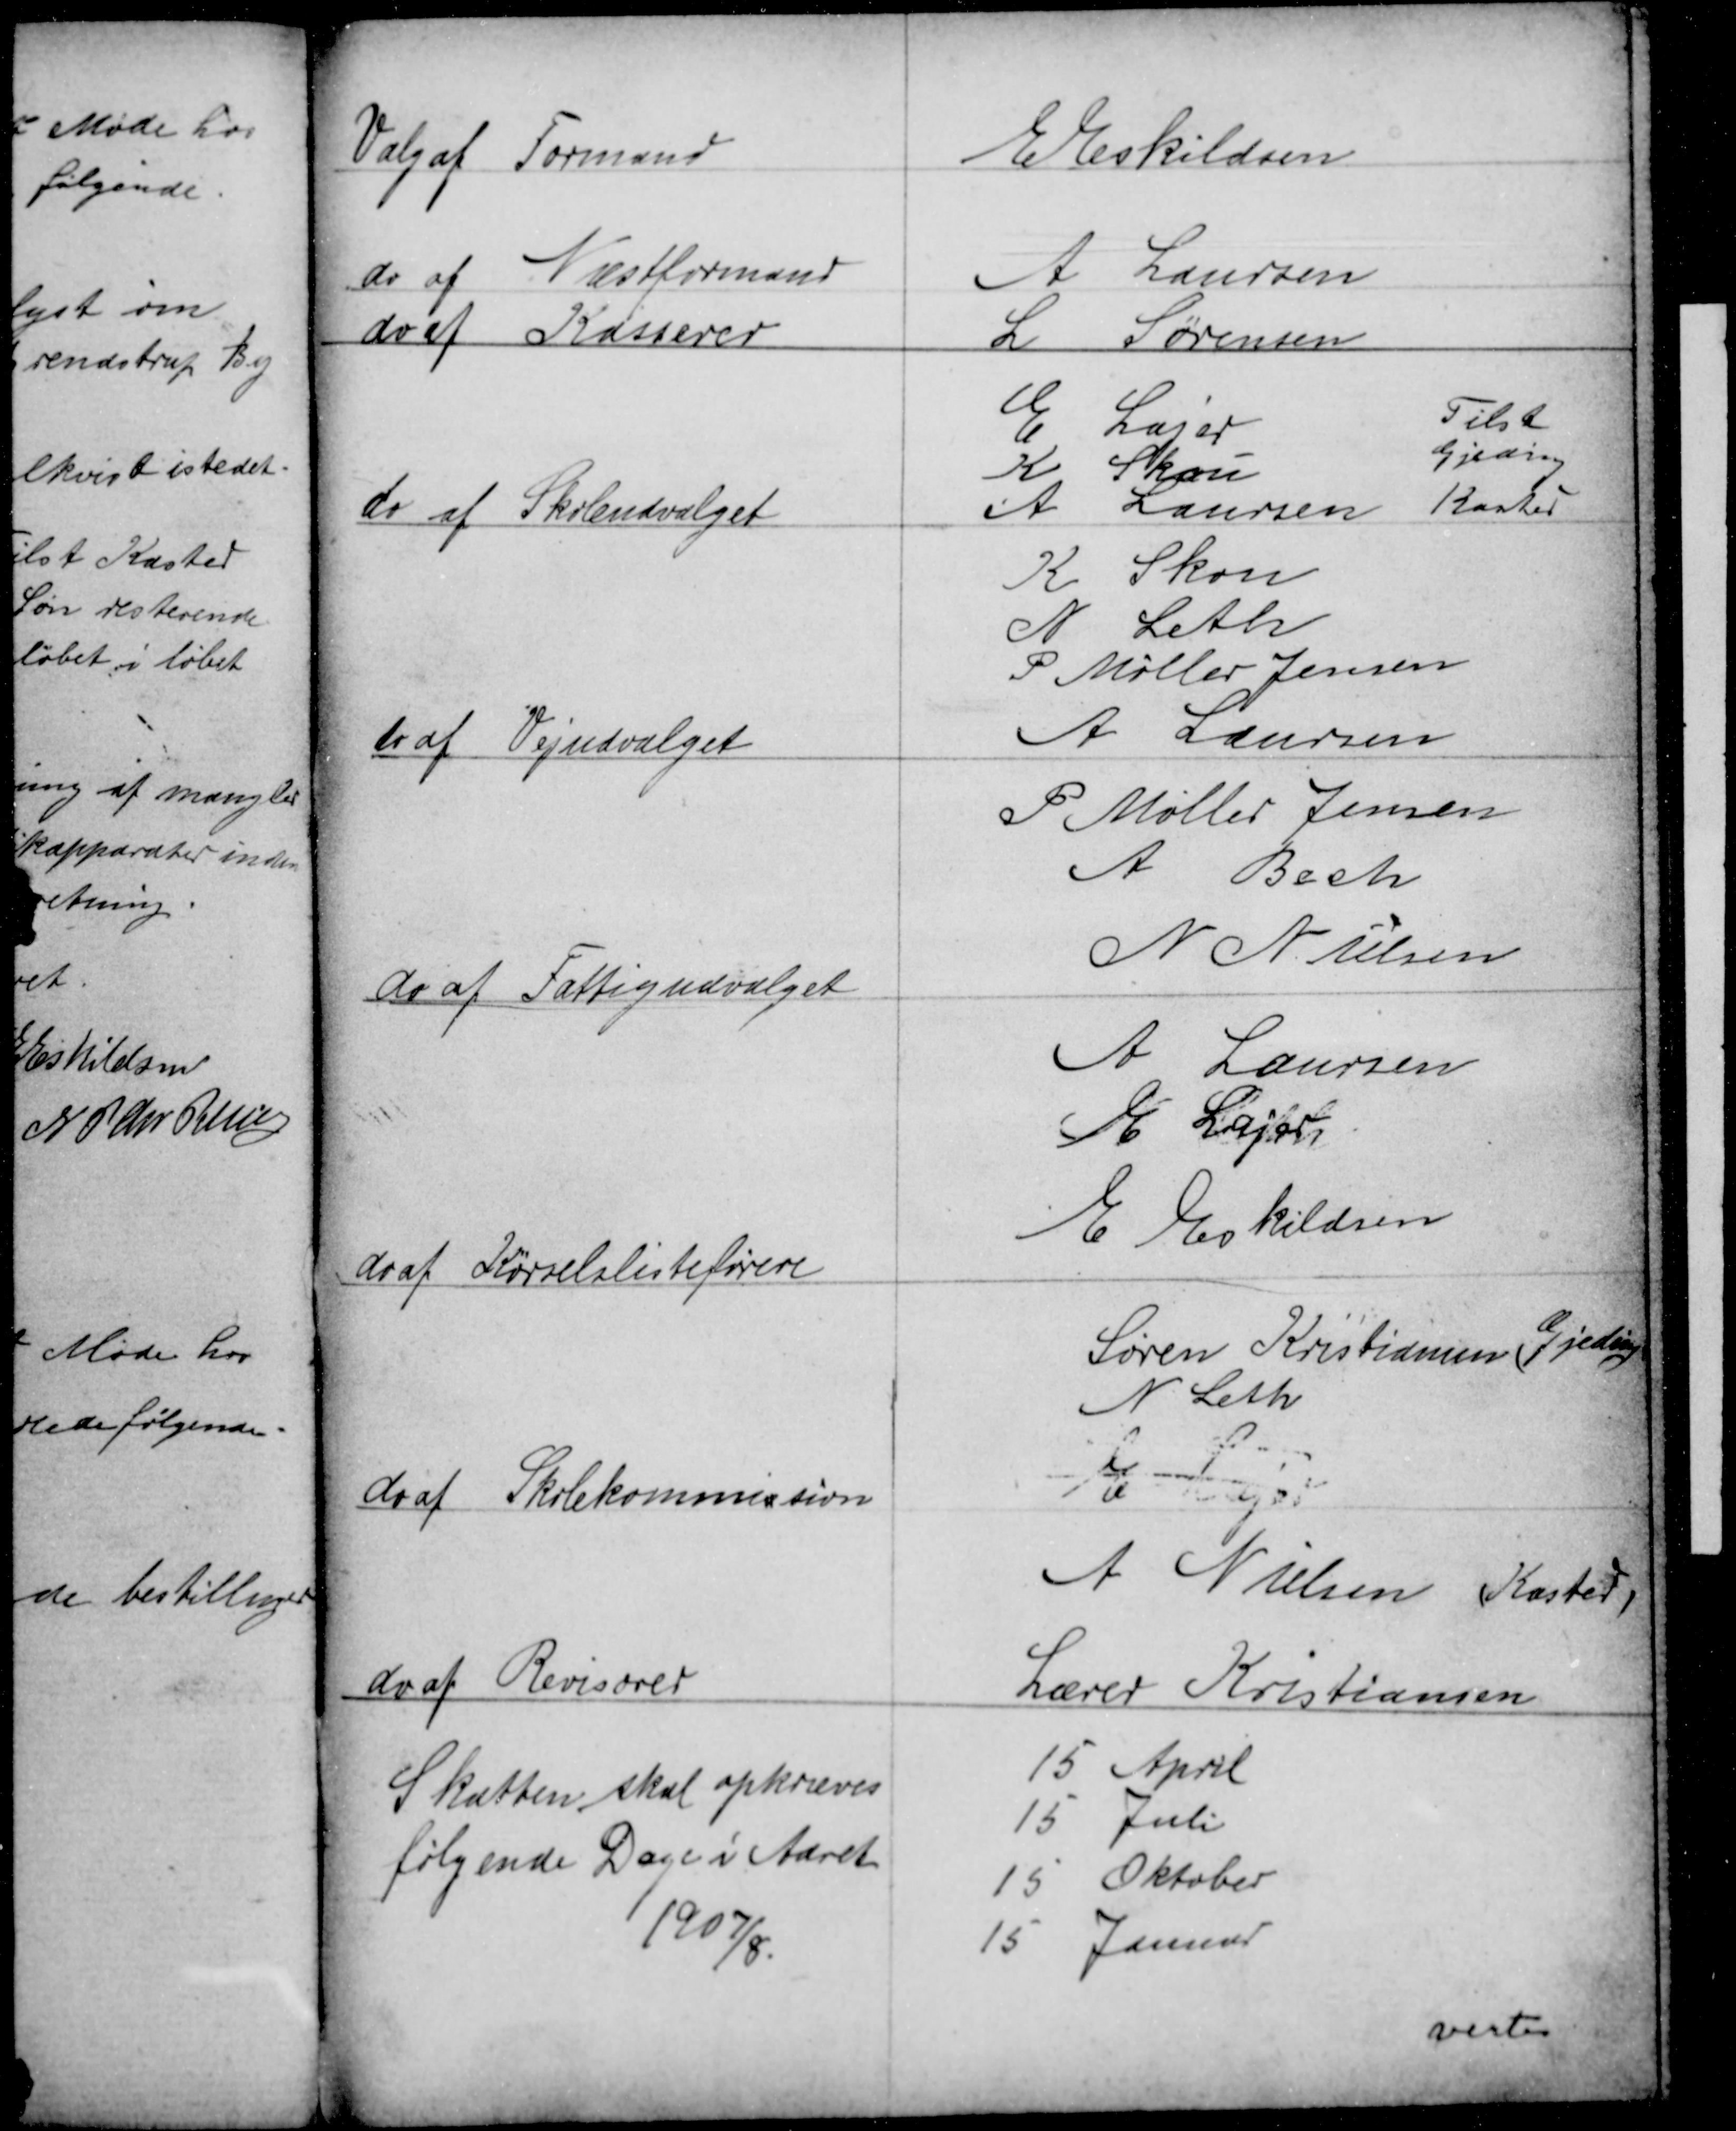
Transskription:
Valg af Formand
E Eskildsen
do af Næstformand
A. Laursen
do af Kasserer
L Sørensen
E Lajer
Tilst
K Skou
Gjeding
do af Skoleudvalget
Kasted
A. Laursen
K Skour
N Leth
P Møller Jensen
do af Vejudvalget
A Laursen
P Møller Jensen
A Bech
do af Fattigudvalget
N Nielsen
A Laursen
E Lajer
do af Kørselslisteførere
E Eskildsen
Søren Kristiansen (Gjeding)
N Leth
do af Skolekommission
E Lajer
A Nielsen (Kasted)
do af Revisorer
Lærer Kristiansen
Skatten skal opkræves
følgende Dage i Aaret
1907/8
15 April
15 Juli
15 Oktober
15 Januar
??